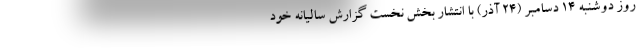
روز دوشنبه ۱۴ دسامبر (۲۴ آذر) با انتشار بخش نخست گزارش سالیانه خود